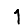
Digit: 1